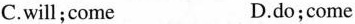
C.will;come D.do;come